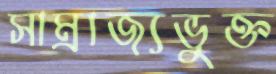
সাম্রাজ্যভুক্ত